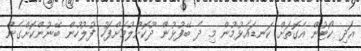
އަދި ކޯޓުން އެގޮތަށް ކަނޑައެޅުމުން މި ދެ ބޭފުޅުން ދޫކޮށްލުމަށްފަހު ފުލުހުން ބޭނުންކޮށްގެން